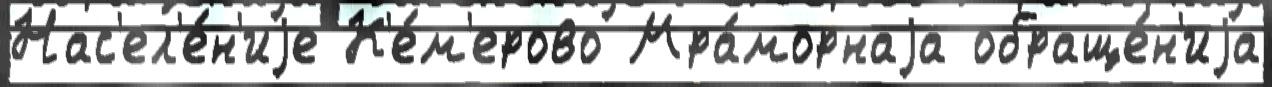
Нас'ел'е́н'иjе К'е́м'ерово Мра́морнаjа обраще́н'иjа